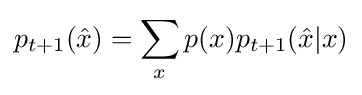
p_{t+1}({\hat {x}})=\sum _{x}p(x)p_{t+1}({\hat {x}}|x)